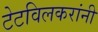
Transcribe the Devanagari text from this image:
टेटविलकरांनी